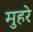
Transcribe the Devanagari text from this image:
मुहरे